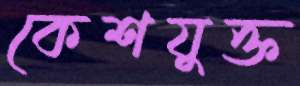
কেশযুক্ত